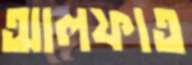
আলফাত